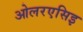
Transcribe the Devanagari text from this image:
ओलरएसिइ